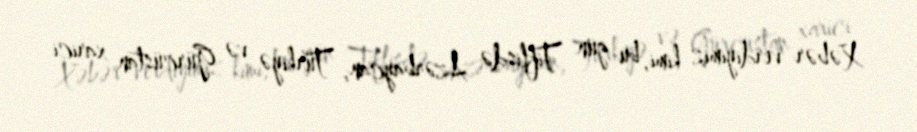
Xəbər verdiyimiz kimi, bu gün Tiflisdə Azərbaycan, Türkiyə və Gürcüstan xarici